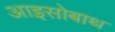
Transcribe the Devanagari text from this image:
आइसोबाथ